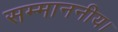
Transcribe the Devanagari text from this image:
सम्माननीय।